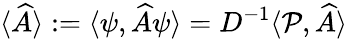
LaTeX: {\langle\widehat{A}\rangle:=\langle\psi,\widehat{A}\psi\rangle}=D^{-1}\langle{\cal P},\widehat{A}\rangle